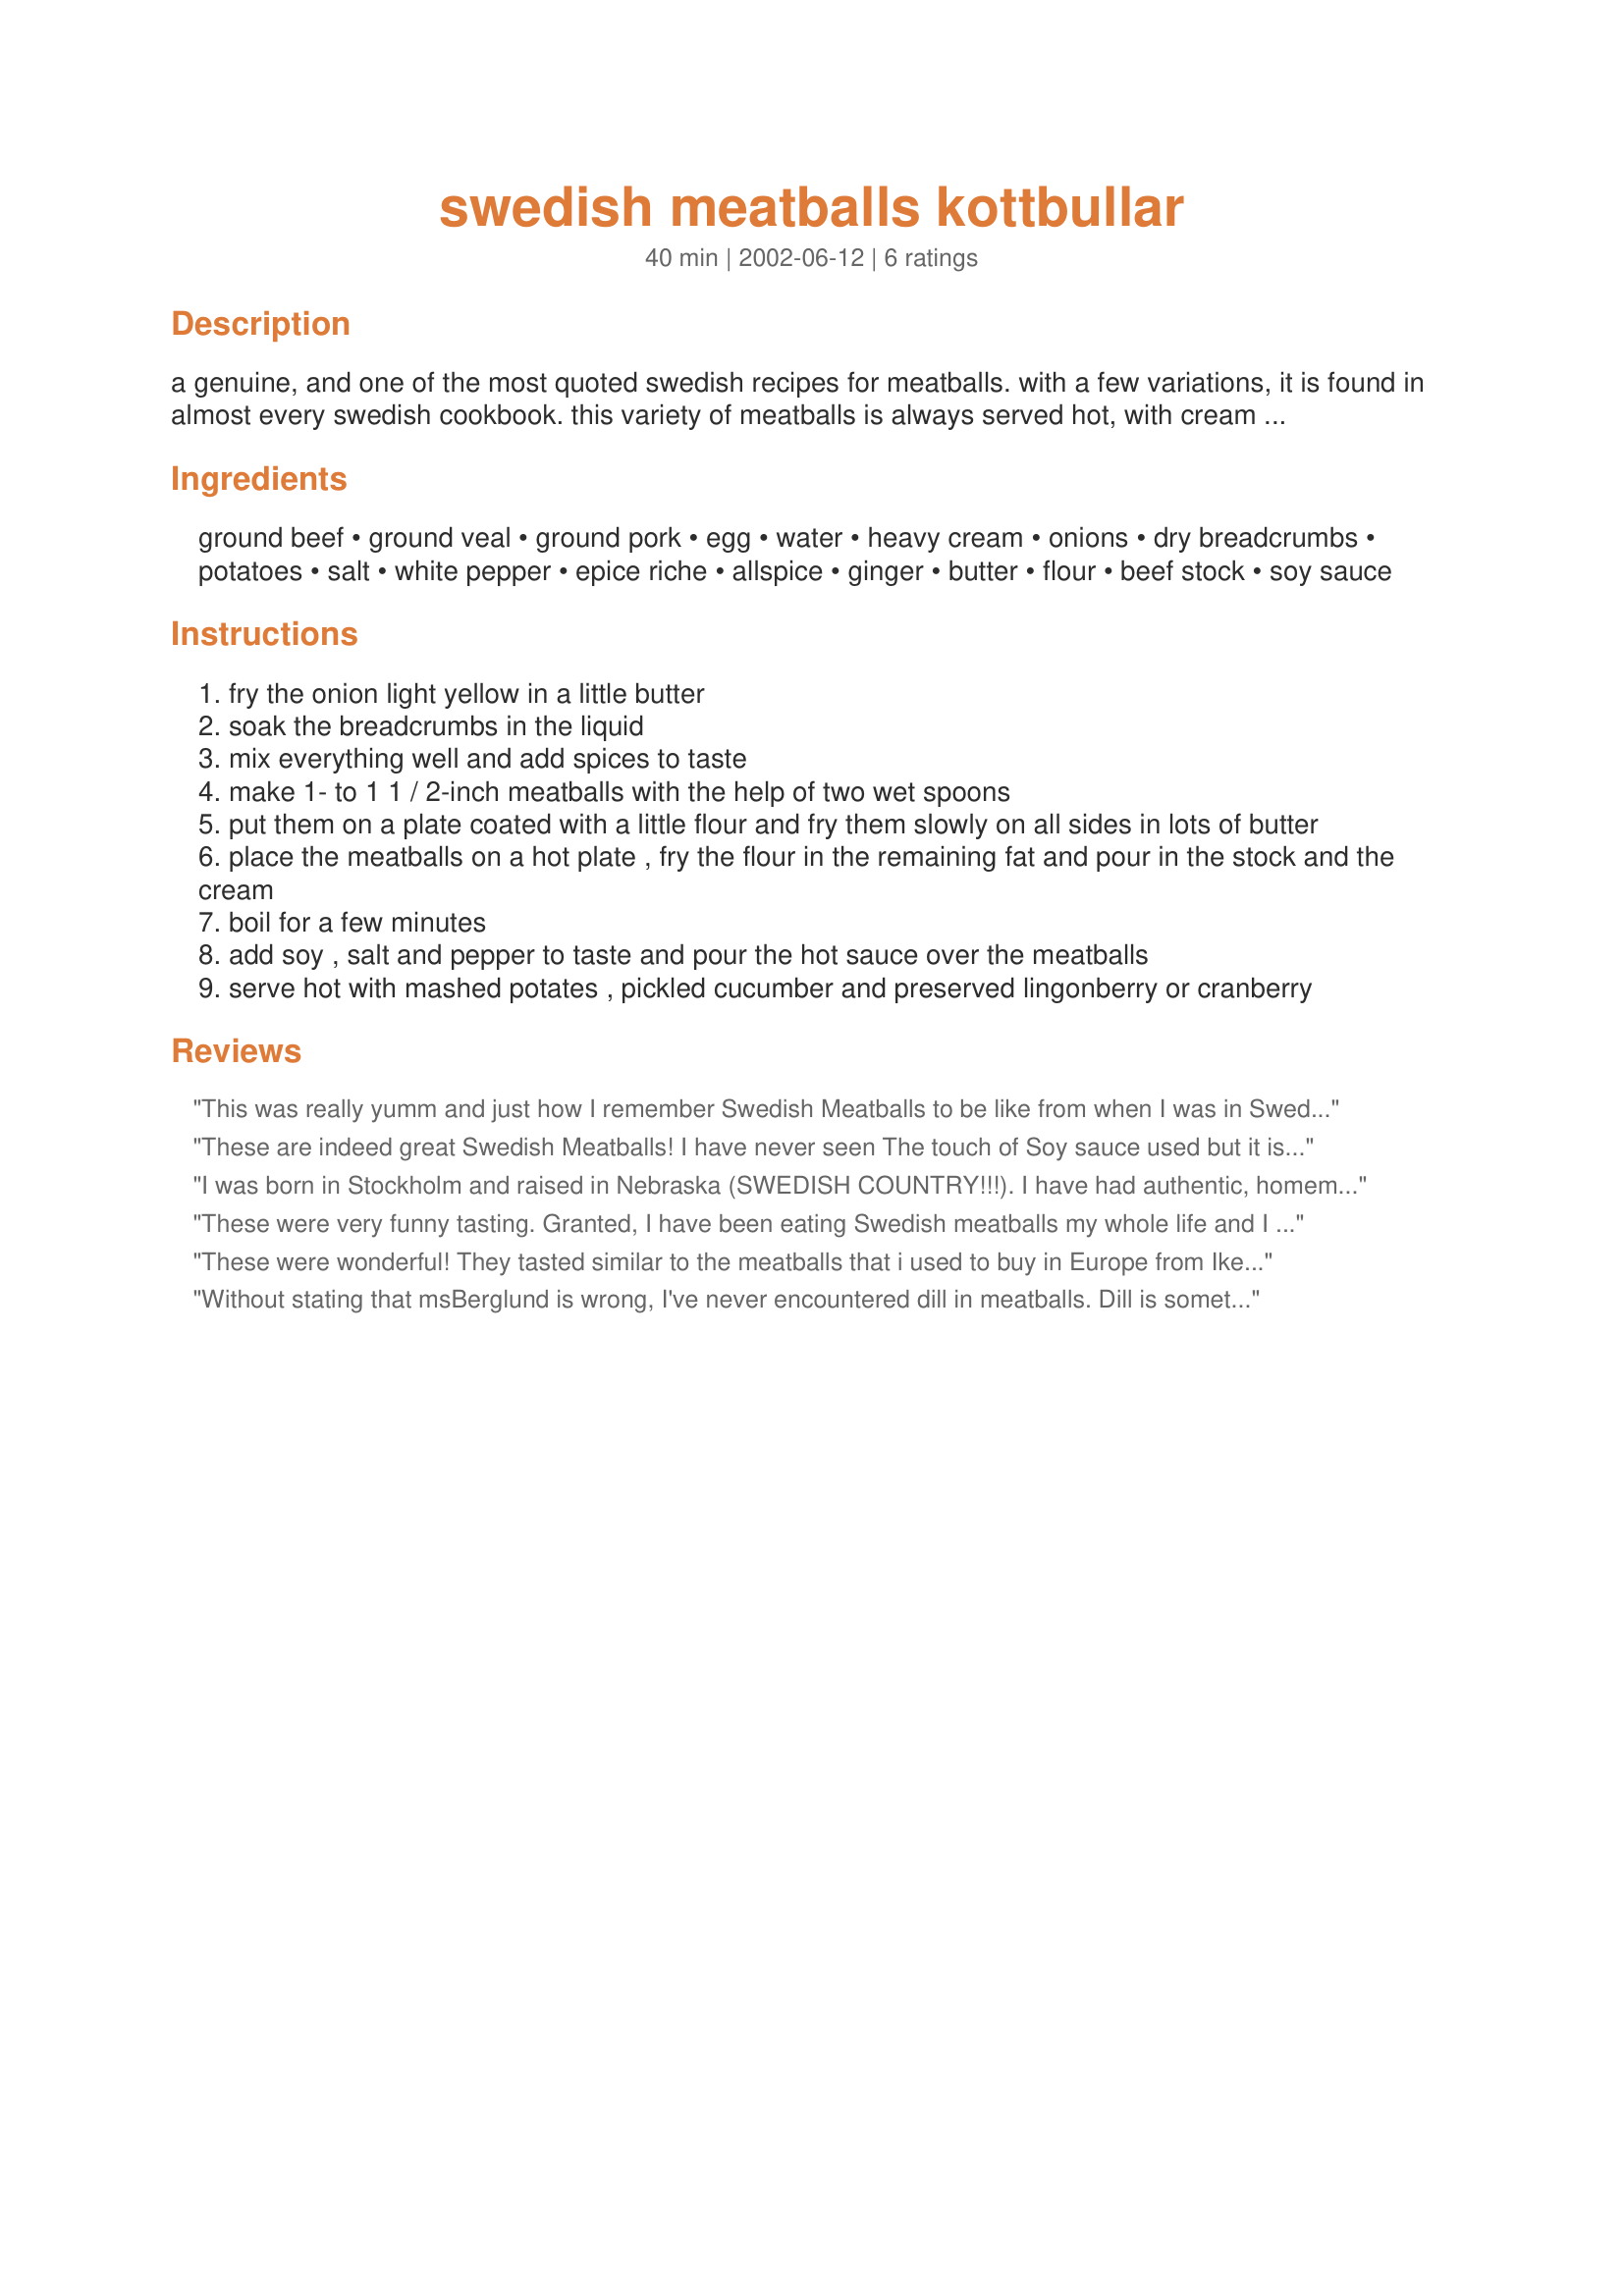
swedish meatballs kottbullar
Preparation time: 40 minutes

a genuine, and one of the most quoted swedish recipes for meatballs. with a few variations, it is found in almost every swedish cookbook. this variety of meatballs is always served hot, with cream sauce and mashed potatoes, in contrary to the small ones served cold that one finds on the smorgasbord. at christmas, some swedes like a little

Ingredients:
ground beef, ground veal, ground pork, egg, water, heavy cream, onions, dry breadcrumbs, potatoes, salt, white pepper, epice riche, allspice, ginger, butter, flour, beef stock, soy sauce

Steps:
fry the onion light yellow in a little butter
soak the breadcrumbs in the liquid
mix everything well and add spices to taste
make 1- to 1 1 / 2-inch meatballs with the help of two wet spoons
put them on a plate coated with a little flour and fry them slowly on all sides in lots of butter
place the meatballs on a hot plate , fry the flour in the remaining fat and pour in the stock and the cream
boil for a few minutes
add soy , salt and pepper to taste and pour the hot sauce over the meatballs
serve hot with mashed potates , pickled cucumber and preserved lingonberry or cranberry

Reviews:
This was really yumm and just how I remember Swedish Meatballs to be like from when I was in Sweden a few years ago. I didn't freeze mine this time as I was short on time but will definately do that next time as the mixture was quite runny. My family loved this meal so much that they had to lie down afterwards as they were so full :)
These are indeed great Swedish Meatballs! I have never seen The touch of Soy sauce used but it is very good. I think one secret of good Swedish meat balls is to have the ground meat very finely ground - I had my butcher do it especially for me. I did cut back on the heavy cream and only used milk (I know that means it is not authentic but I do have to watch that fat). Next time I will double the meat ball recipe and frezze them then just make the sauce when I want to serve them. As you said also great appetizers (made small) Thanks Andre
I was born in Stockholm and raised in Nebraska (SWEDISH COUNTRY!!!). I have had authentic, homemade, old country style swedish meatballs and this recipe is one of the best!!! Of course, I made my own variations to seasoning.
In regards to the poster about Dill.. YUCK!!! I would never put dill in my meatballs, .. neither would my grandmother, my mother... and so on and so forth.
Soya sauce has been used in Swedish Meatballs for a long time. It adds a great taste. Swedish seasonings and herbs are very limited. The scandinavian countries do not have very many native plants that stay fresh year around. thus the need to import!
I think this recipe is fantastic!!
Tack sÃ¥ mycket
These were very funny tasting. Granted, I have been eating Swedish meatballs my whole life and I have a very particular idea of how they should taste. I really did not like the soy sauce. If Goddess had meant for soy sauce to be in this recipe she would have called them Chinese meatballs. I think that this recipe would have been vastly improved by substituting crushed dill for soy sauce. I am pretty sure that dill is supposed to be in all authentic Swedish meatball recipes. Dill is an absolute must-have for my family's meatball recipe, and they brought it over on the boat with them. Soy sauce, on the other hand, is not a Swedish cooking staple so far as I know. I do like Asian cuisine, but not in my ancestral dishes! Swedish meatballs without dill are just meatballs, and meatballs with soy sauce in them are just odd-tasting. The omission of dill and inclusion of a stir-fry ingredient casts serious doubt on this recipe's claim of genuine Swedish-ness, in my opinion. I will continue making my old family recipe.
These were wonderful! They tasted similar to the meatballs that i used to buy in Europe from Ikea, but better! Thanks for giving us a true Swedish recipe!
Without stating that msBerglund is wrong, I've never encountered dill in meatballs. Dill is something we in Sweden use for fish and sometimes in stews.

Dill may be delicious, but for honest, I've never seen it in any Swedish recipe.

As for the soy sauce, there's a history to it:

In Sweden, until abt. 1940, we had no gastronomy whatsoever. Then the "guru" of Swedish gastronomy, dr Tore Wretman, started to influence the Swedish recipes with foreign influences and hence the soy sauce, which is actually just a substitute for a properly made beef stock.
